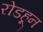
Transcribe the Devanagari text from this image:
रोडहून